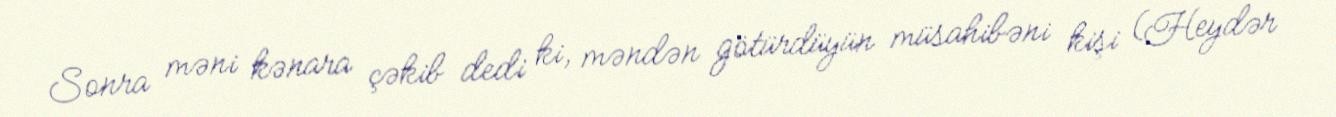
Sonra məni kənara çəkib dedi ki, məndən götürdüyün müsahibəni kişi (Heydər